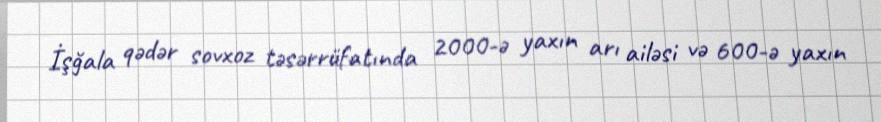
İşğala qədər sovxoz təsərrüfatında 2000-ə yaxın arı ailəsi və 600-ə yaxın